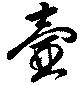
壷